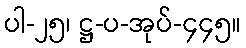
ပါ-၂၅၊ ဋ္ဌ-ပ-အုပ်-၄၄၅။